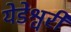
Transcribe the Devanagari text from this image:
येडेश्वरी